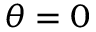
\theta = 0